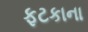
ફટકાના